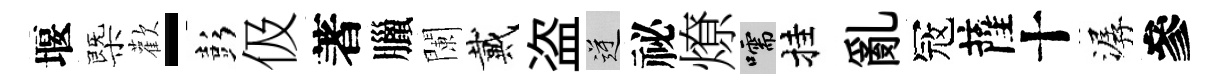
堰㮣歡-彭伋著臘闌戴盗逆祕燎嚅挂亂冦薩十潺參